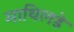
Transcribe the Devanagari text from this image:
माथिलडे